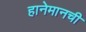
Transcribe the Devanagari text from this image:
हानेमानची